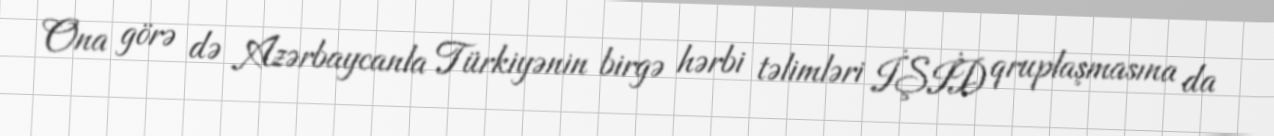
Ona görə də Azərbaycanla Türkiyənin birgə hərbi təlimləri İŞİD qruplaşmasına da